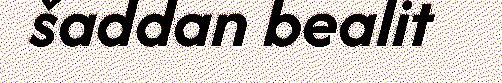
šaddan bealit